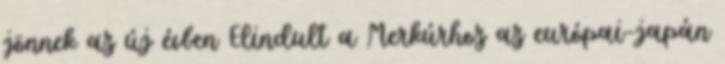
jönnek az új évben Elindult a Merkúrhoz az európai-japán